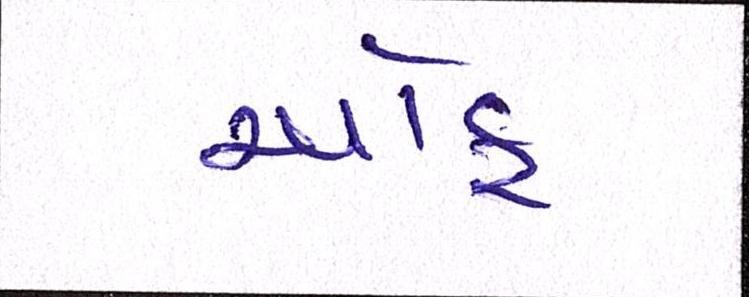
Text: ઑફ